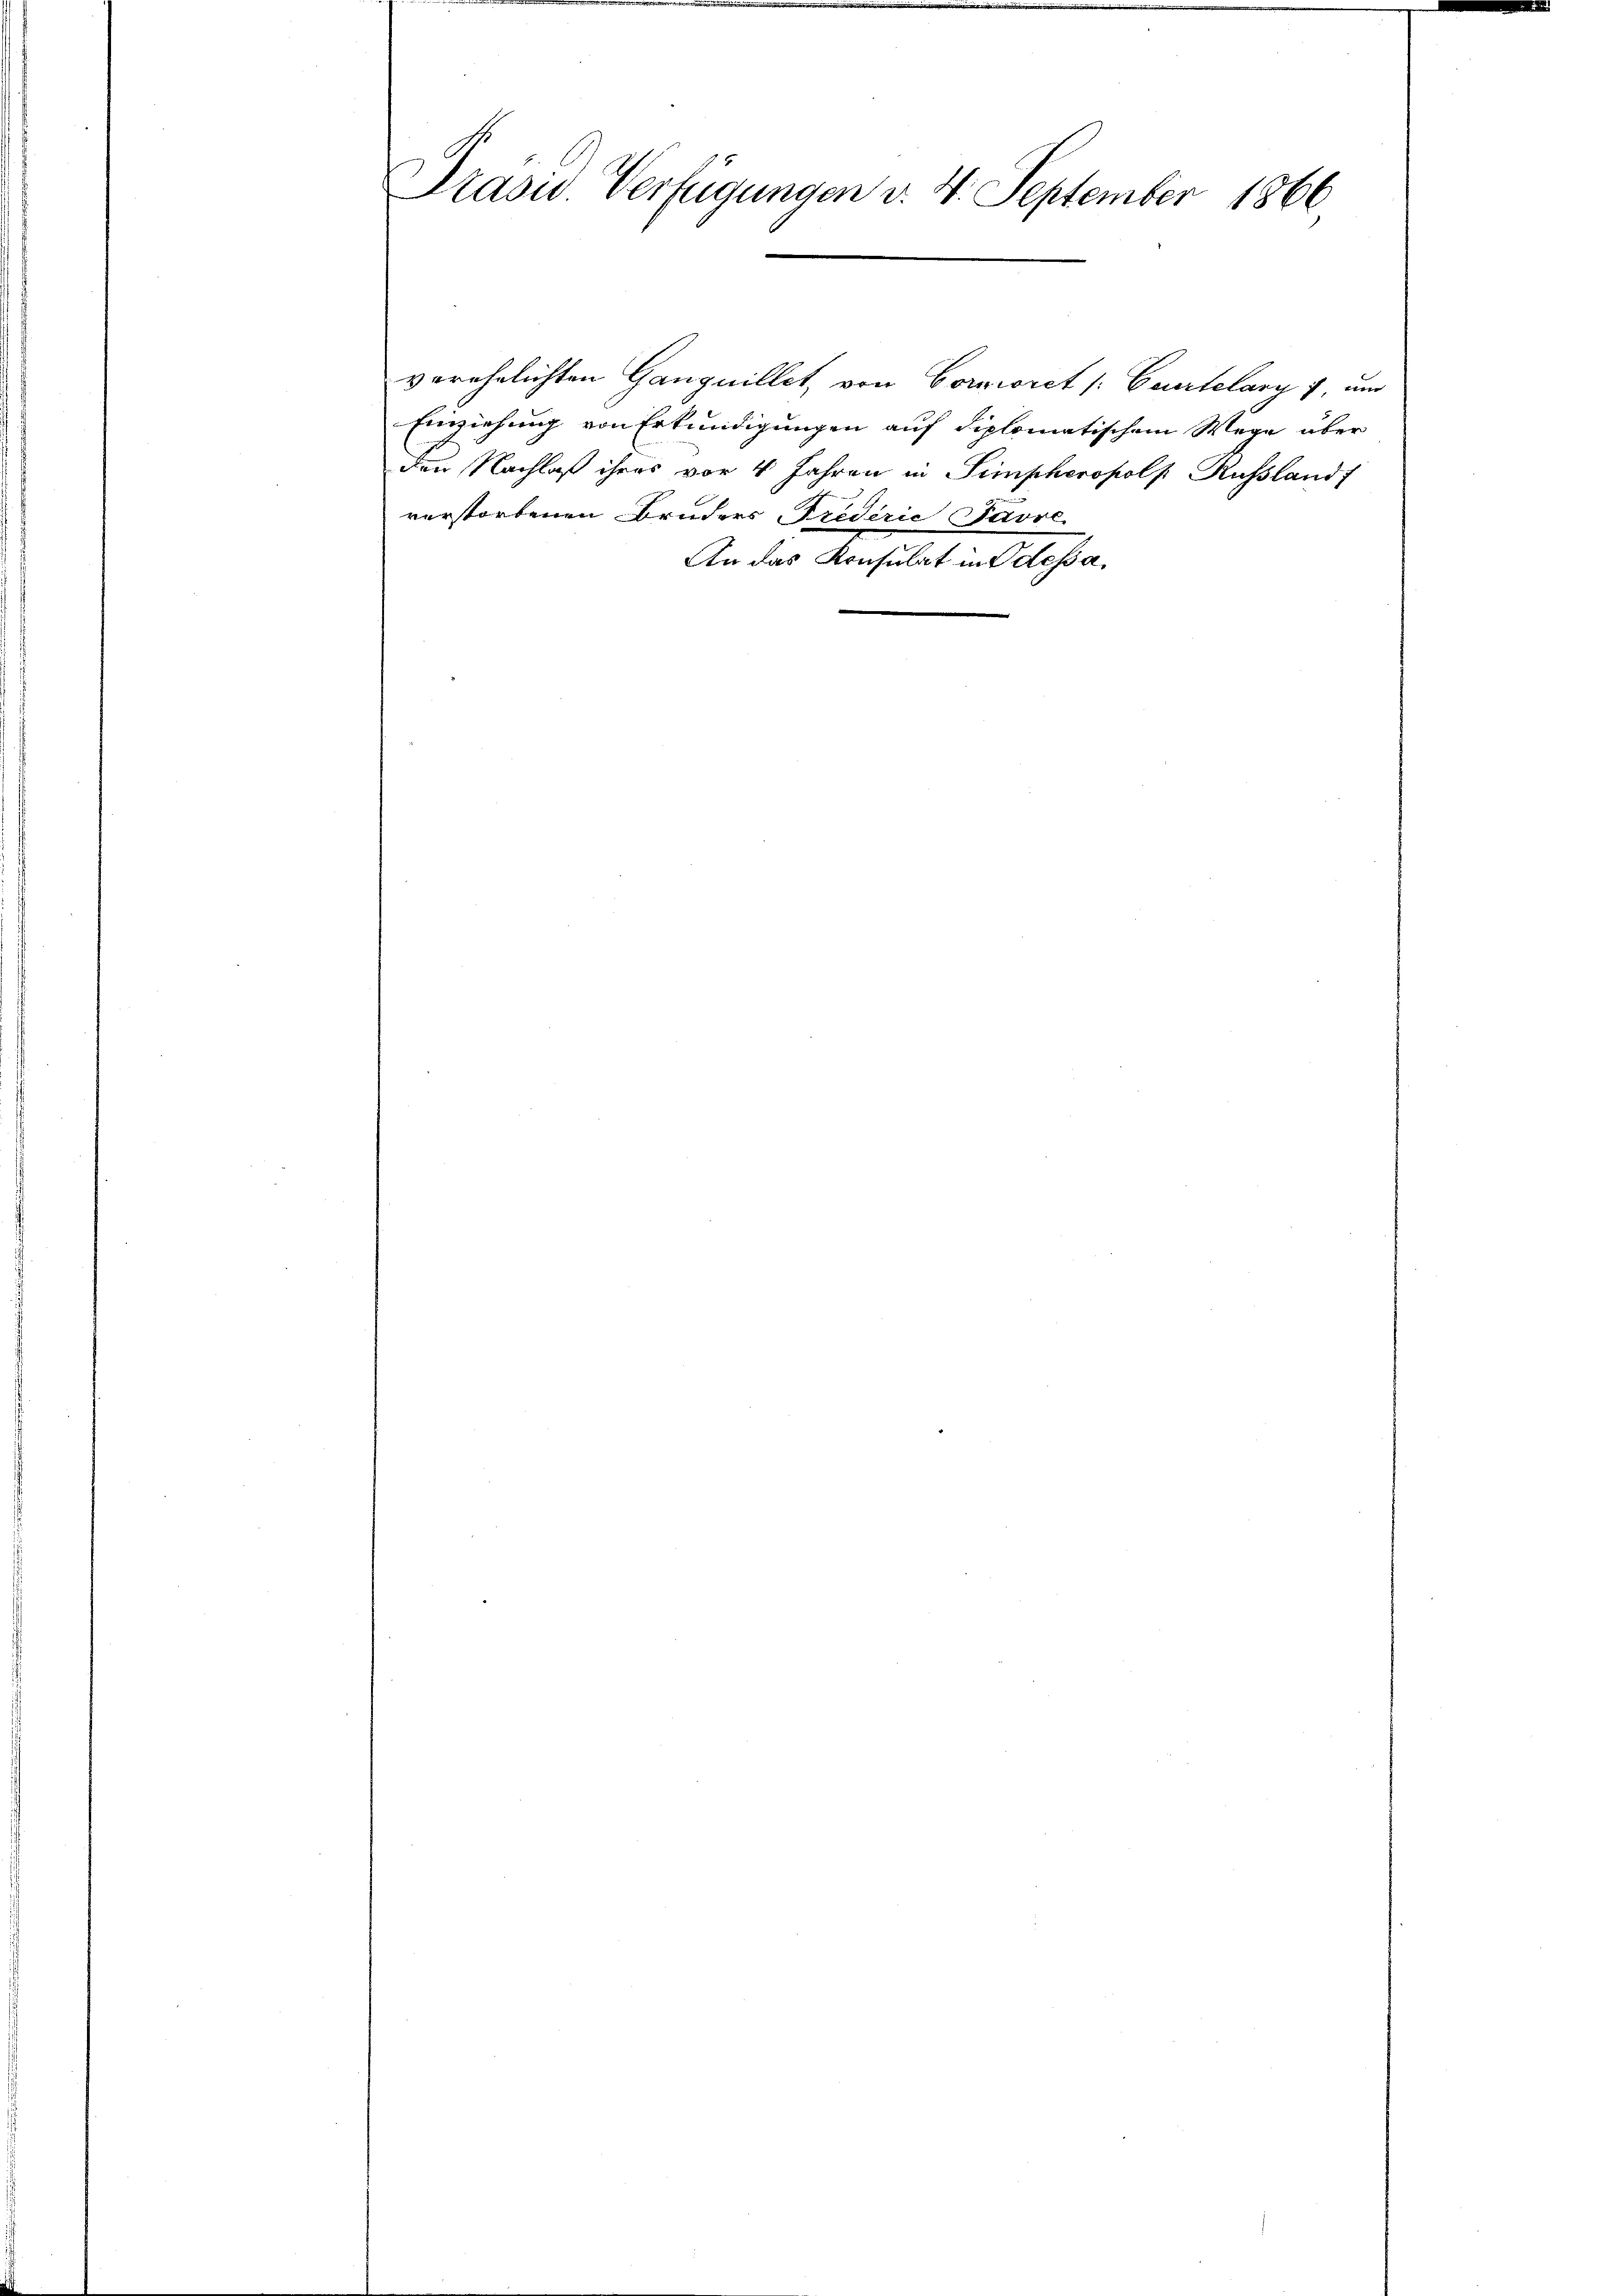
Prasis. Verfügungen v. 4. September 1866

verehelichten Ganguillet, von Corniret [Caertelary 7, und
Einziehung von Erkundigungen auf diplomatischem Wege über
den Nachlaß ihres vor 4 Jahren in Simpheropolp, Russlandf
verstorbenen Bruders Frederić Pavse
An das Konsulat in Odessa,